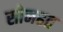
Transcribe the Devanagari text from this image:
सोनहत